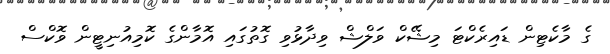
ގެ މާކެޓިން ޑައިރެކްޓަ މިޝޭކް ވަލްޝް ވިދާޅުވި ގޮތުގައި އޮމާންގެ ކޮމިއުނިޓީން ވޮކްސް